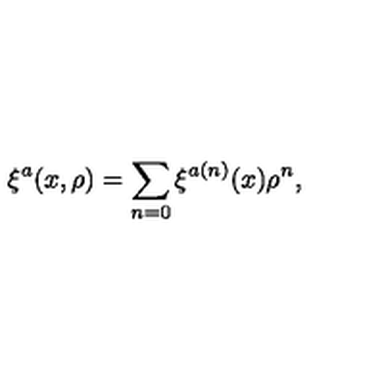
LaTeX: \xi ^ { a } ( x , \rho ) = \sum _ { n = 0 } \xi ^ { a ( n ) } ( x ) \rho ^ { n } ,